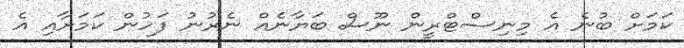
ކަމަށް ބުނެ އެ މިނިސްޓްރީން ނޫސް ބަޔާނެއް ނެރުނު ފަހުން ކަމަށާއި އެ